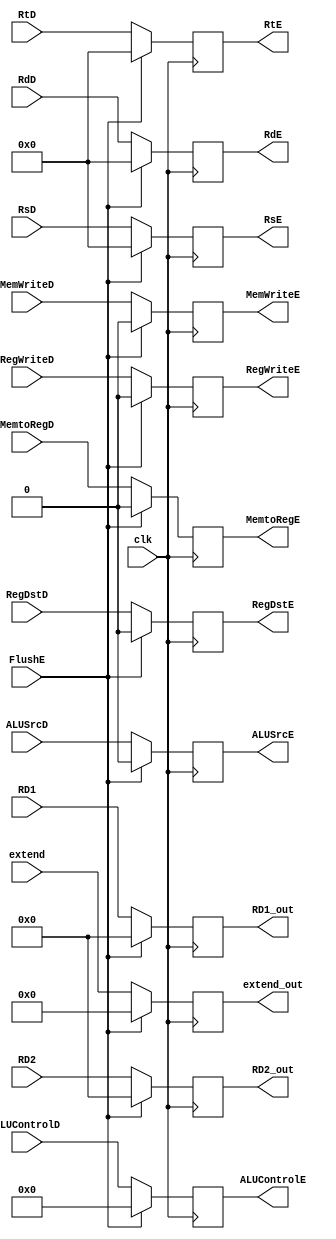
`timescale 1ns / 1ps
//////////////////////////////////////////////////////////////////////////////////
// Company: 
// Engineer: 
// 
// Design Name: 
// Module Name:    E_Reg 
// Project Name: 
// Target Devices: 
// Tool versions: 
// Description: 
//
// Dependencies: 
//
// Revision: 
// Revision 0.01 - File Created
// Additional Comments: 
//
//////////////////////////////////////////////////////////////////////////////////
module E_Reg(
   input clk,
	input FlushE,
	input RegWriteD,MemtoRegD,MemWriteD,ALUSrcD,RegDstD,
	input [3:0]ALUControlD,
	input [31:0]RD1,
	input [31:0]RD2,
	input [4:0]RsD,
	input [4:0]RtD,
	input [4:0]RdD,
	input [15:0]extend,
	output reg RegWriteE,MemtoRegE,MemWriteE,ALUSrcE,RegDstE,
	output reg [3:0]ALUControlE,
	output reg [31:0]RD1_out,
	output reg [31:0]RD2_out,
	output reg [4:0]RsE,
	output reg [4:0]RtE,
	output reg [4:0]RdE,
	output reg [15:0]extend_out
    );
	 
	always@(posedge clk)
	begin
	   if(FlushE)//
		  begin 
		    RegWriteE <= 0;
			 MemtoRegE <= 0;
		    MemWriteE <= 0;
			 ALUControlE <= 4'd0;
			 ALUSrcE   <= 0;
			 RegDstE   <= 0;
			 RD1_out   <= 32'd0;
			 RD2_out   <= 32'd0;
			 RsE       <= 5'd0;
			 RtE       <= 5'd0;
			 RdE       <= 5'd0;
			 extend_out<= 16'h0;
		  end
	  else
	     begin
		    RegWriteE <= RegWriteD;
			 MemtoRegE <= MemtoRegD;
		    MemWriteE <= MemWriteD;
			 ALUControlE <= ALUControlD;
			 ALUSrcE   <= ALUSrcD;
			 RegDstE   <= RegDstD;
			 RD1_out   <= RD1;
			 RD2_out   <= RD2;
			 RsE       <= RsD;
			 RtE       <= RtD;
			 RdE       <= RdD;
			 extend_out<= extend;
		  end
	end

endmodule